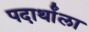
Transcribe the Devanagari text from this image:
पदार्थांला